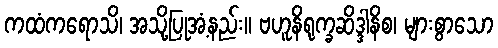
ကထံကရောသိ၊ အသို့ပြုအံ့နည်း။ ဗဟူနိရုက္ခဆိဒ္ဒါနိစ၊ များစွာသော